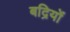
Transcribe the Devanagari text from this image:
बद्रियों